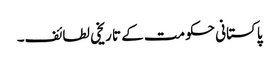
پاکستانی حکومت کے تاریخی لطائف۔